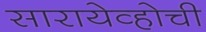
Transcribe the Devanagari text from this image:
सारायेव्होची